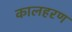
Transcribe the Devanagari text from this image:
कालहरण